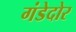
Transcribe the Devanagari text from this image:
गंडेदोर